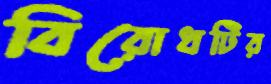
বিরোধটির